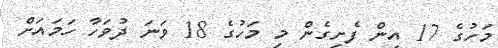
މަހުގެ 17 އިން ފެށިގެން މި މަހުގެ 18 ވަނަ ދުވަހާ ހަމައަށް